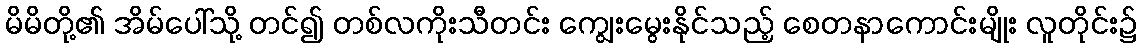
မိမိတို့၏ အိမ်ပေါ်သို့ တင်၍ တစ်လကိုးသီတင်း ကျွေးမွေးနိုင်သည့် စေတနာကောင်းမျိုး လူတိုင်း၌